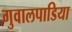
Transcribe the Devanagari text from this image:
गुवालपाडिया